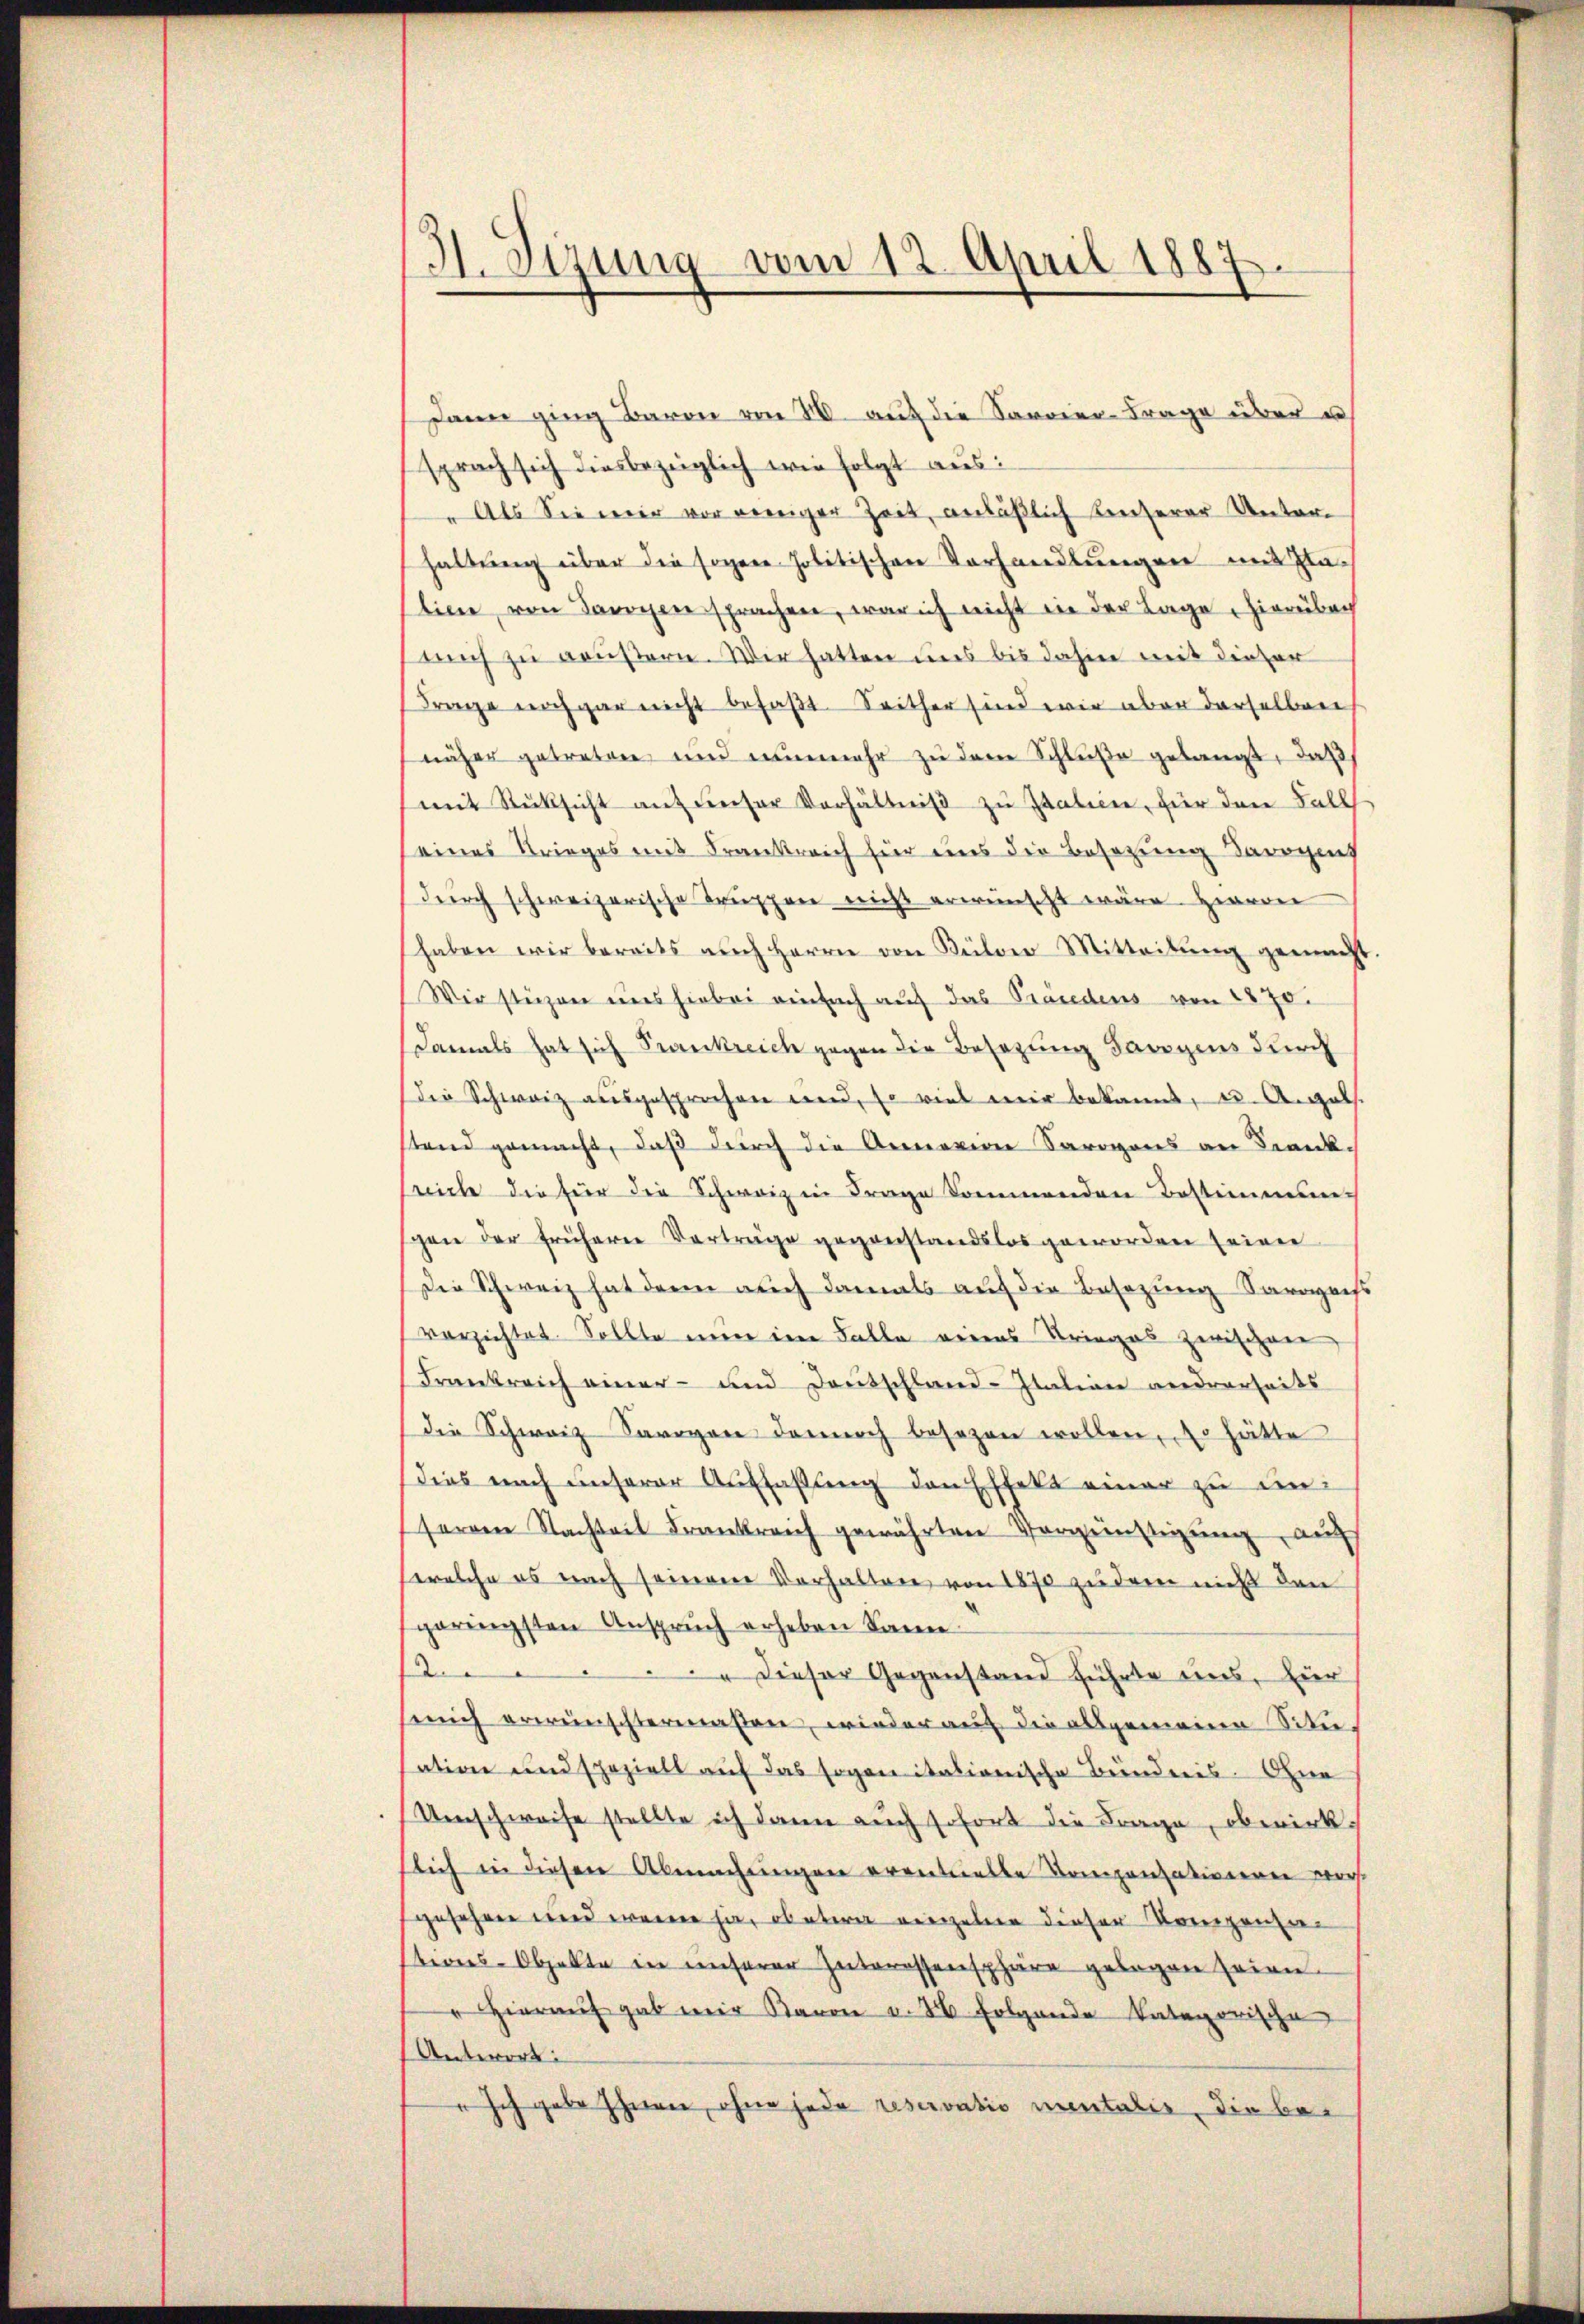
31. Sizung vom 12. April 1885
s

Dann ging Baron von 80. aŭf die Servier-Frage über u
sprach sich diesbezüglich wie folgt aus:
" Als Sie mir vor weniger Zeit, anläßlich Konserer Unter-
haltung über die sogene Politischen Vorhandlungen mit Glalinie von Tarogen sprachen, war ich nicht in der Lage, hierüber
mich zu Brustern. Wir hatten uns bis dahin mit dieser
Frage noch gar nicht befaßt. Seither sind wir aber derselben
näher getreten und nunmehr zu dem Schluße gelangt, daß
mit Rücksicht auf unser Verhältniβ zŭ Italien, für den Fall
eines Krieges mit Frankreich hier uns die Besetzung davonis
durch schweizerische Truppen nicht erwünscht wäre. Hiervon
haben wir bereits aŭch Herrn von Külver Mitteilŭng gemacht.
Wir stüzen uns hiebei einfach auf das Prändens von 1870.
damals hat sich Frankreich gegen die Besetzung Savoyens durch
Die Schwarz ausgesprochen und, so viel mir bekannt, u. Angels.
stand gemacht, daß durch die Armevion Sarogons an Frank-
sreiche die für die Schweiz in Frage kommenden Bestimmun
gen der frühern Verträge gegenstandslos geworden seien
Die Schweiz hat darin auch damals auf die Besizung Sarozess
verzichtet. Sollte eine im Falle reins Krieges zwischen
Frankreich einer- und Deutschland-Italien andrerseits
die Schweiz Savoyen dennoch besezen wollen, so hätte
dies nach unserer Auffassung den Effekt einer zu unserren Nachteit Frankreich gewährten Vergünstigŭng, auf
welche es nach seinem Verhalten von 1870 zudem nicht den
sgeringsten Anspruch erheben kann
2. " Dieser Gegenstand führte uns, Eier
semich erwünschtermaßen, wieder auf die allgemeine Situation und speziell auf das soganitationische Bunders. Ohne
Umschweise stellte ich dann auch sofort die Frage, obwirkslich in diesen Abmachungen eventuelle Kompensatisieren vorgesehnen und wenn ja, obetern einzelnen dieser Kompensan
stions-Objekte in unserer Interessensphäre gelegen seien.
" Hieraŭf gab mir Baron v. 26. Folgende Vategorische
Antwort:
" Ich gebe hieren, ohne jede reservatio mentalis, die be¬